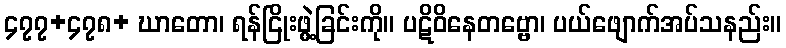
၄၇၇+၄၇၈+ ဃာတော၊ ရန်ငြိုးဖွဲ့ခြင်းကို။ ပဋိဝိနေတဗ္ဗော၊ ပယ်ဖျောက်အပ်သနည်း။